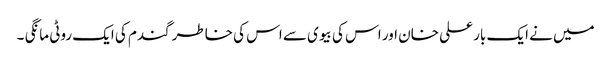
میں نے ایک بار علی خان اور اس کی بیوی سے اس کی خاطر گندم کی ایک روٹی مانگی ۔